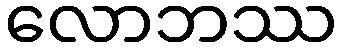
လောဘဿ